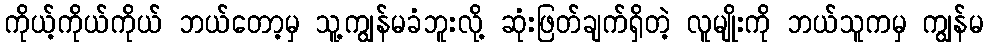
ကိုယ့်ကိုယ်ကိုယ် ဘယ်တော့မှ သူ့ကျွန်မခံဘူးလို့ ဆုံးဖြတ်ချက်ရှိတဲ့ လူမျိုးကို ဘယ်သူကမှ ကျွန်မ